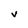
Character: V